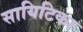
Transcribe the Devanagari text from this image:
सायिटिका